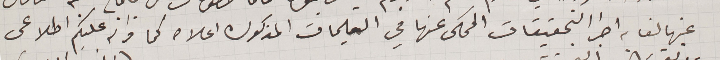
عنها لقاء اجرا التحقيقات المحكى عنها في التعليمات المذكوره اعلاه كما وانه عليكم اطلاعى